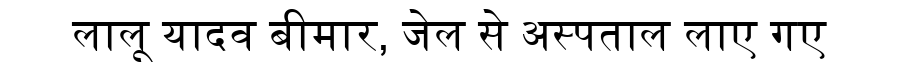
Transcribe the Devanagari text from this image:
लालू यादव बीमार, जेल से अस्पताल लाए गए